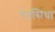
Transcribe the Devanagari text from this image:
रनसिंधा